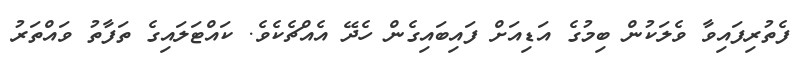
ފެތުރިފައިވާ ވެލަކުން ބިމުގެ އަޑިއަށް ފައިބައިގެން ހެދޭ އެއްޗެކެވެ. ކައްޓަލައިގެ ތަފާތު ވައްތަރު